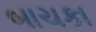
બાચકા